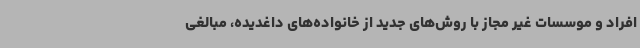
افراد و موسسات غیر مجاز با روش‌های جدید از خانواده‌های داغدیده، مبالغی